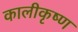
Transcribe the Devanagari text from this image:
कालीकृष्ण